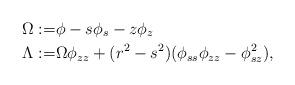
LaTeX: \begin{align*}\Omega:=&\phi-s\phi_s-z\phi_z \\ \Lambda:=& \Omega \phi_{zz}+(r^2-s^2)(\phi_{ss}\phi_{zz}-\phi^2_{sz}),\end{align*}